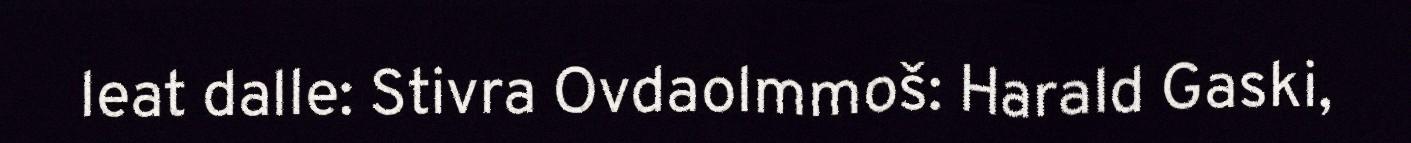
leat dalle: Stivra Ovdaolmmoš: Harald Gaski,